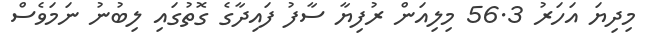
މިދިޔަ އަހަރު 56.3 މިލިއަން ރުފިޔާ ސާފު ފައިދާގެ ގޮތުގައި ލިބުނު ނަމަވެސް